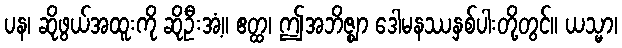
ပန၊ ဆိုဖွယ်အထူးကို ဆိုဦးအံ့။ ဧတ္ထ၊ ဤအဘိဇ္ဈာ ဒေါမနဿနှစ်ပါးတို့တွင်။ ယသ္မာ၊